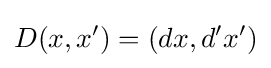
D(x,x^{\prime })=(dx,d^{\prime }x^{\prime })